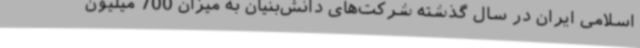
اسلامی ایران در سال گذشته شرکت‌های دانش‌بنیان به میزان 700 میلیون